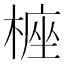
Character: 𣖵